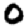
Digit: 0